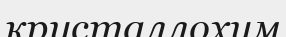
кристаллохим